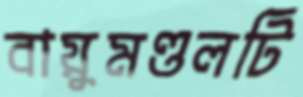
বায়ুমণ্ডলটি